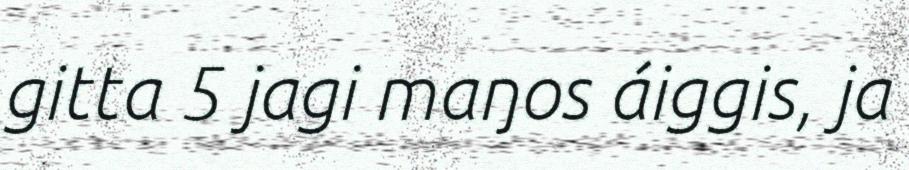
gitta 5 jagi maŋos áiggis, ja